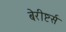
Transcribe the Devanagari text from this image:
बेरीष्टर्स